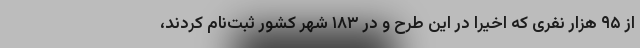
از ۹۵ هزار نفری که اخیرا در این طرح و در ۱۸۳ شهر کشور ثبت‌نام کردند،